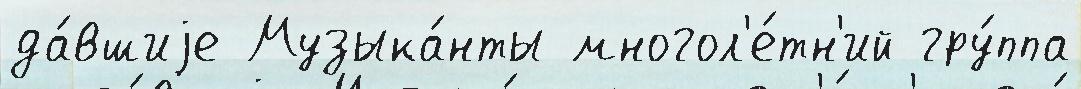
да́вшиjе Музыка́нты многол'е́тн'ий гру́ппа